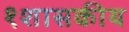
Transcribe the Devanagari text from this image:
१शासकीय